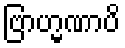
ဗြာဟ္မဏာပိ